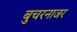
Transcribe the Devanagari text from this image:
बुचरनाजर